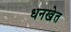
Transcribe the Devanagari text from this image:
धनखेत